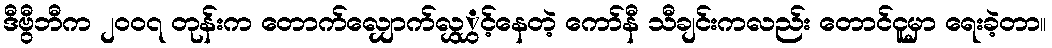
ဒီဗွီဘီက ၂၀၀၇ တုန်းက တောက်လျှောက်လွှွှင့်နေတဲ့ ကော်နီ သီချင်းကလည်း တောင်ငူမှာ ရေးခဲ့တာ။